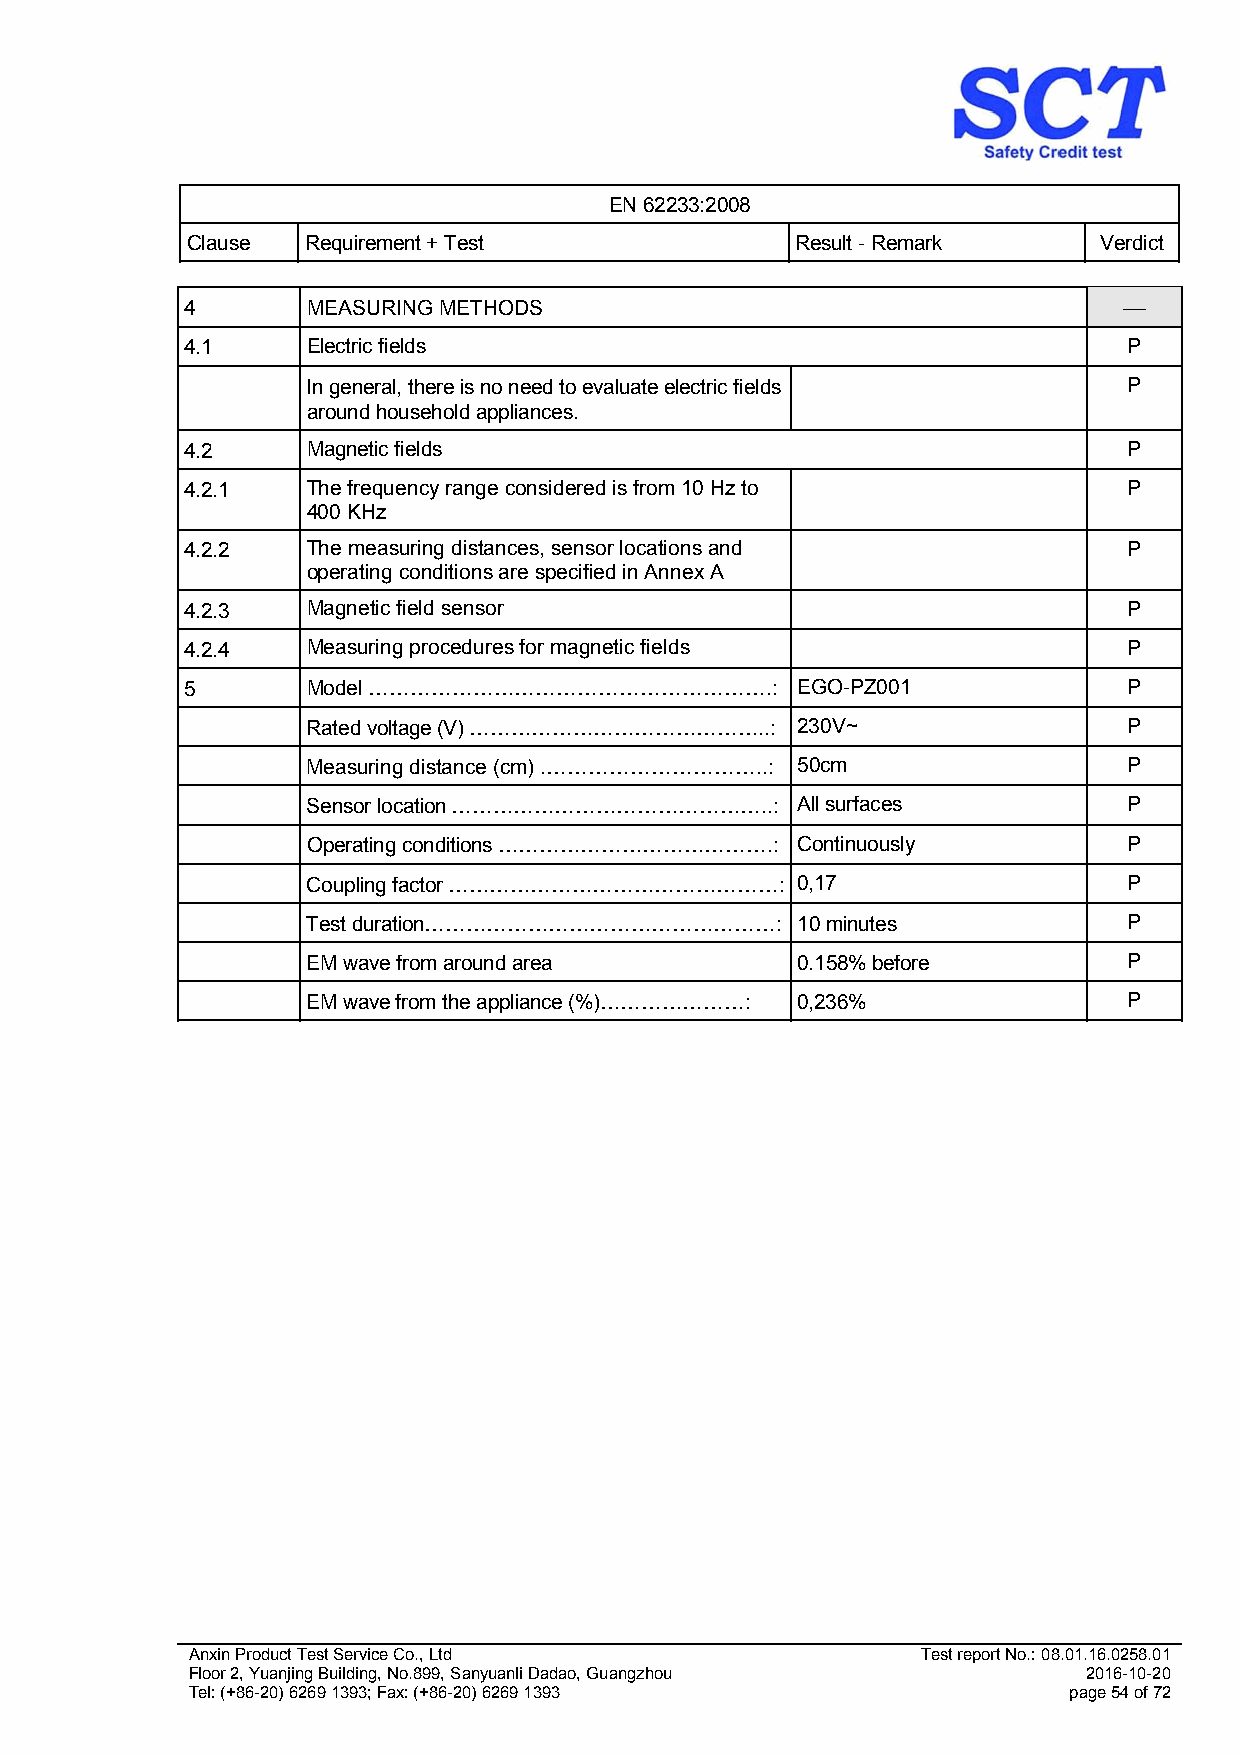
EN 62233:2008
 Clause  Requirement + Test               Result - Remark     Verdict
 4       MEASURING METHODS                                     
 4.1     Electric fields                                        P
 In general, there is no need to evaluate electric fields P
 around household appliances.
 4.2     Magnetic fields                                        P
 4.2.1   The frequency range considered is from 10 Hz to        P
 400 KHz
 4.2.2   The measuring distances, sensor locations and          P
 operating conditions are specified in Annex A
 4.2.3   Magnetic field sensor                                  P
 4.2.4   Measuring procedures for magnetic fields               P
 5       Model ………………………………………………….:      EGO-PZ001             P
 Rated voltage (V) ……………………………………..: 230V~              P
 Measuring distance (cm) .…………………………..: 50cm            P
 Sensor location ………………………………………..: All surfaces        P
 Operating conditions ………………………………….: Continuously      P
 Coupling factor …………………………………………: 0,17                 P
 Test duration……………………………………………:  10 minutes            P
 EM wave from around area         0.158% before         P
 EM wave from the appliance (%)…………………: 0,236%          P
 Anxin Product Test Service Co., Ltd              Test report No.: 08.01.16.0258.01
 Floor 2, Yuanjing Building, No.899, Sanyuanli Dadao, Guangzhou 2016-10-20
 Tel: (+86-20) 6269 1393; Fax: (+86-20) 6269 1393           page 54 of 72